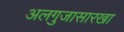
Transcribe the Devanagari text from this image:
अलगुजासारखा